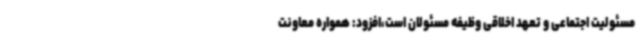
مسئولیت اجتماعی و تعهد اخلاقی وظیفه مسئولان است،افزود: همواره معاونت